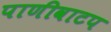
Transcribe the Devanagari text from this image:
पाणीवाटप